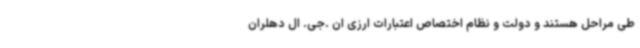
طی مراحل هستند و دولت و نظام اختصاص اعتبارات ارزی ان .جی. ال دهلران